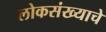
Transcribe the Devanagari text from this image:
लोकसंख्याचे